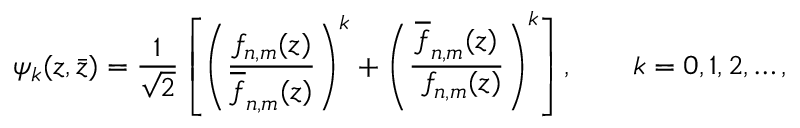
\psi _ { k } ( z , \bar { z } ) = { \frac { 1 } { \sqrt 2 } } \left[ \left( { \frac { f _ { n , m } ( z ) } { \overline { { f } } _ { n , m } ( z ) } } \right) ^ { k } + \left( { \frac { \overline { { { f } } } _ { n , m } ( z ) } { \ f _ { n , m } ( z ) } } \right) ^ { k } \right] , \qquad k = 0 , 1 , 2 , \ldots ,